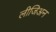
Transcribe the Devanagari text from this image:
लीजिअन